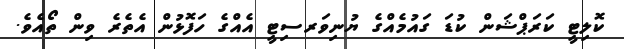
ކޮލިޓީ ކަރަޕްޝަން ކުޑަ ގައުމެއްގެ ޔުނިވަރސިޓީ އެއްގެ ހަފޮޅުން އެތެރެ ވިން ތޯއެވެ.